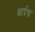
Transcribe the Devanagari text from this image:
आईषा